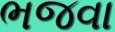
ભજવા